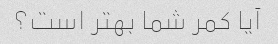
آیا کمر شما بهتر است؟